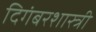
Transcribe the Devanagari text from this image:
दिगंबरशास्त्री